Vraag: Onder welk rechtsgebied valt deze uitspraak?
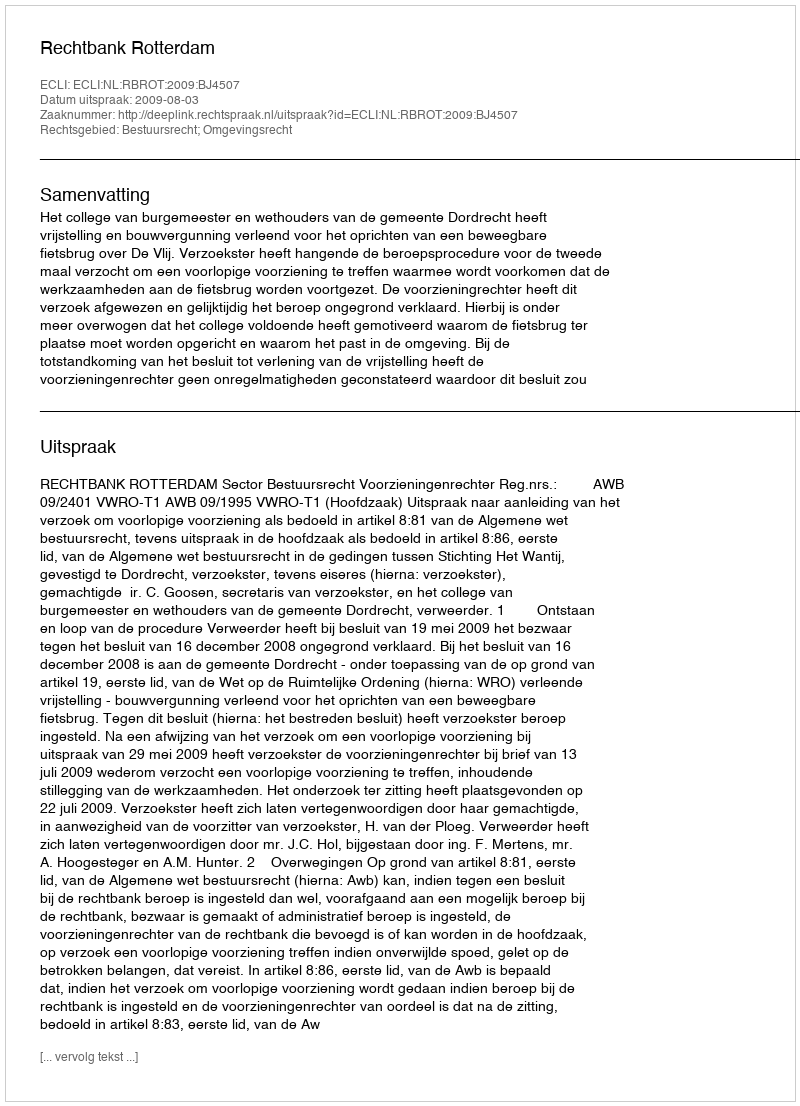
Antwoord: Bestuursrecht; Omgevingsrecht